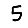
Digit: 5